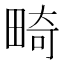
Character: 畸